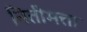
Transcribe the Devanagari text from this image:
नितीमत्ता